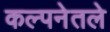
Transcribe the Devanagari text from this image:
कल्पनेतले